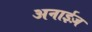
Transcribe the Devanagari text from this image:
अनाईज़